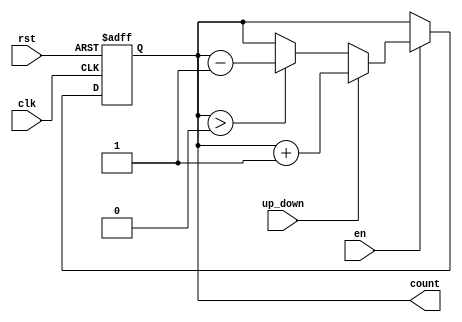
module up_down_counter (
    input wire clk,           // Clock signal
    input wire rst,           // Reset signal
    input wire en,            // Enable signal
    input wire up_down,       // Up/Down control: 1 for up, 0 for down
    output reg [7:0] count    // 8-bit count value
);

    // Synchronous reset and counting logic
    always @(posedge clk or posedge rst) begin
        if (rst) begin
            // Reset the count to zero
            count <= 8'b0;
        end else if (en) begin
            if (up_down) begin
                // Increment the count
                count <= count + 1;
            end else begin
                // Decrement the count, making sure it doesn't go below zero
                if (count > 0)
                    count <= count - 1;
            end
        end
    end

endmodule